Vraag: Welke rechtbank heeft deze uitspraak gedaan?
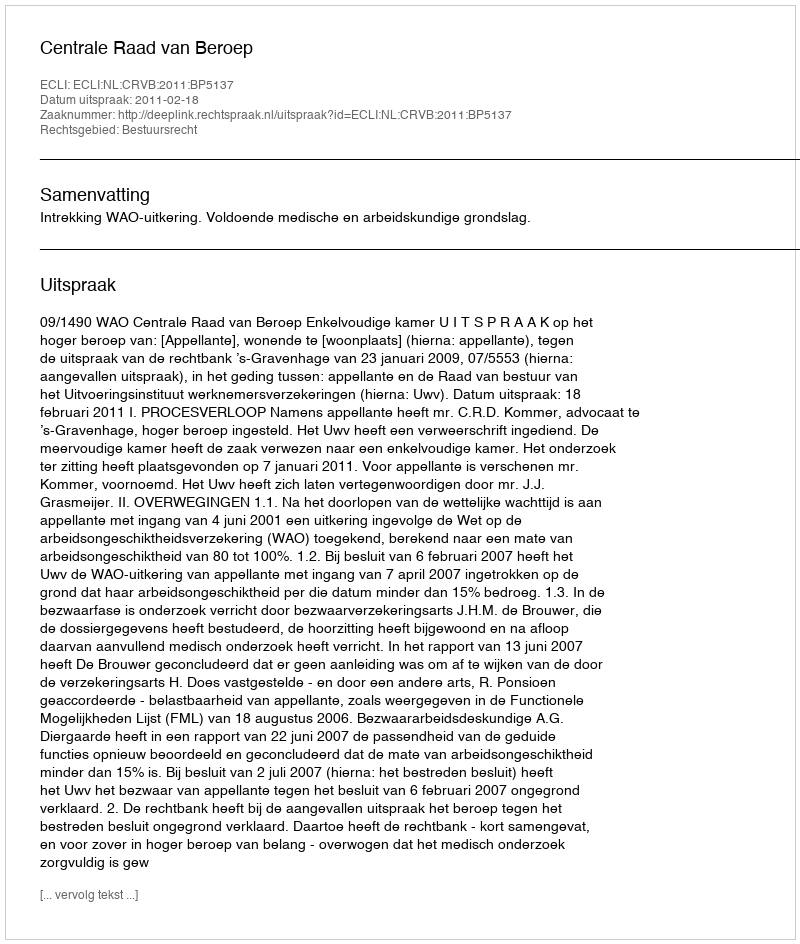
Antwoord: Centrale Raad van Beroep